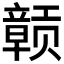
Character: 𫎬